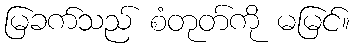
မြခက်သည် စံတုတ်ကို မမြင်။